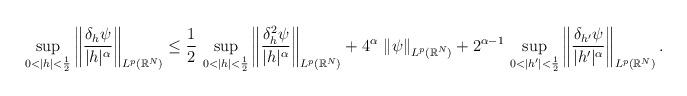
LaTeX: \begin{align*}\sup_{0<|h|<\frac{1}{2}}\left\|\frac{\delta_h \psi}{|h|^\alpha}\right\|_{L^p(\mathbb{R}^N)}&\le \frac{1}{2}\,\sup_{0<|h|<\frac{1}{2}}\left\|\frac{\delta^2_h \psi}{|h|^\alpha}\right\|_{L^p(\mathbb{R}^N)}+4^\alpha\,\left\|\psi\right\|_{L^p(\mathbb{R}^N)}+2^{\alpha-1}\,\sup_{0<|h'|<\frac{1}{2}} \left\|\frac{\delta_{h'} \psi}{|h'|^\alpha}\right\|_{L^p(\mathbb{R}^N)}.\end{align*}